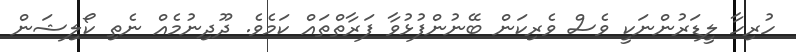
ހުރިހާ ލީޑަރުންނަކީ ވެސް ވެރިކަން ބޭނުންފުޅުވާ ފަރާތްތައް ކަމެވެ. ދޫދިނުމެއް ނެތި ކޯލިޝަން